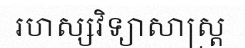
រហស្សវិទ្យាសាស្ត្រ